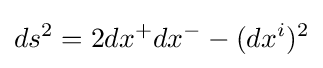
ds^{2}=2dx^{+}dx^{-}-(dx^{i})^{2}